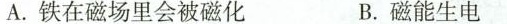
A.铁在磁场里会被磁化 B.磁能生电